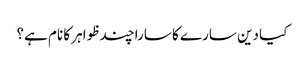
کیا دین سارے کا سارا چند ظواہر کا نام ہے؟